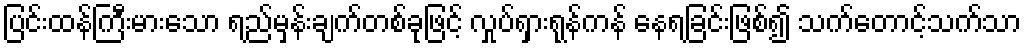
ပြင်းထန်ကြီးမားသော ရည်မှန်းချက်တစ်ခုဖြင့် လှုပ်ရှားရုန်ကန် နေရခြင်းဖြစ်၍ သက်တောင့်သက်သာ